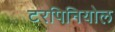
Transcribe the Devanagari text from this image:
टरपिनियोल